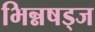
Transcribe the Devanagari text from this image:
भिन्नषड्ज